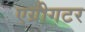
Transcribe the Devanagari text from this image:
एग्रीगटर